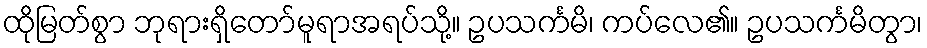
ထိုမြတ်စွာ ဘုရားရှိတော်မူရာအရပ်သို့။ ဥပသင်္ကမိ၊ ကပ်လေ၏။ ဥပသင်္ကမိတွာ၊